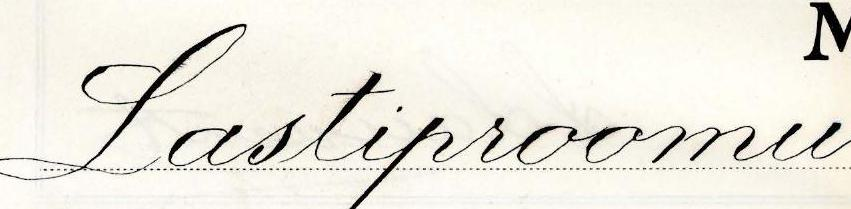
Lastiproomu